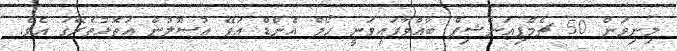
މިނިވަން 50 ޗެމްޕިއަންޝިޕް ބާއްވާފައިވަނީ ހޯމް އެންޑް އަވޭ އުސޫލުން އަތޮޅުތެރޭގަ އެވެ.